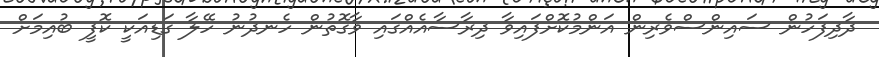
ދާދިފަހުން ސައިންސްވެރިން އަންމުކޮށްފައިވާ ދިރާސާއެއްގައި ވާގޮތުން ހެނދުނު ހޭލާ ގަޑިއަކީ ކޮފީ ބުއިމަށް